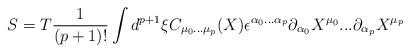
LaTeX: \begin{align*}S=T\frac{1}{(p+1)!} \int d^{p+1}\xi C_{\mu _{0}...\mu _{p}}(X)\epsilon^{\alpha _{0}...\alpha _{p}} \partial _{\alpha _{0}}X^{\mu _{0}}...\partial _{\alpha _{p}}X^{\mu _{p}}\end{align*}